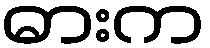
ဓားက